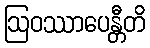
ဩဝဿာပေန္တီတိ